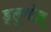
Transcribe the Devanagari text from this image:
ड्लुगोज़